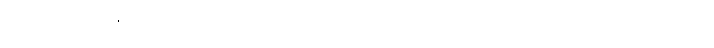
သတိသံဝရဖြင့်ပယ်အပ်ကုန်သော။ အာသဝါ၊ ယိုစီးခြင်းအာသဝေါတရားတို့သည်။